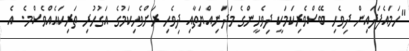
"ހަމައެފަދައިން ދިވެހި ބޭސްވެރިކަމަކީ ދިވެހީންގެ މަދަނިއްޔަތާއި ދިވެހި ރަށްވެހިކަމުގެ އަގުހުރި ތަރިކައެއްވެސްމެ. އެ